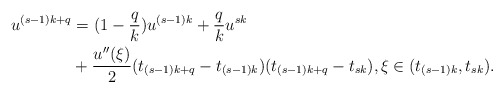
\begin{align*} u^{(s-1)k+q} &= (1 - \frac{q}{k}) u^{(s-1)k} + \frac{q}{k} u^{sk}\\ &+ \frac{u''(\xi)}{2}(t_{(s-1)k+q} - t_{(s-1)k} )(t_{(s-1)k+q} - t_{sk} ),\xi\in(t_{(s-1)k},t_{sk}). \end{align*}